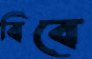
বিবে